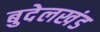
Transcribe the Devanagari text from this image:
बुदेलखंड